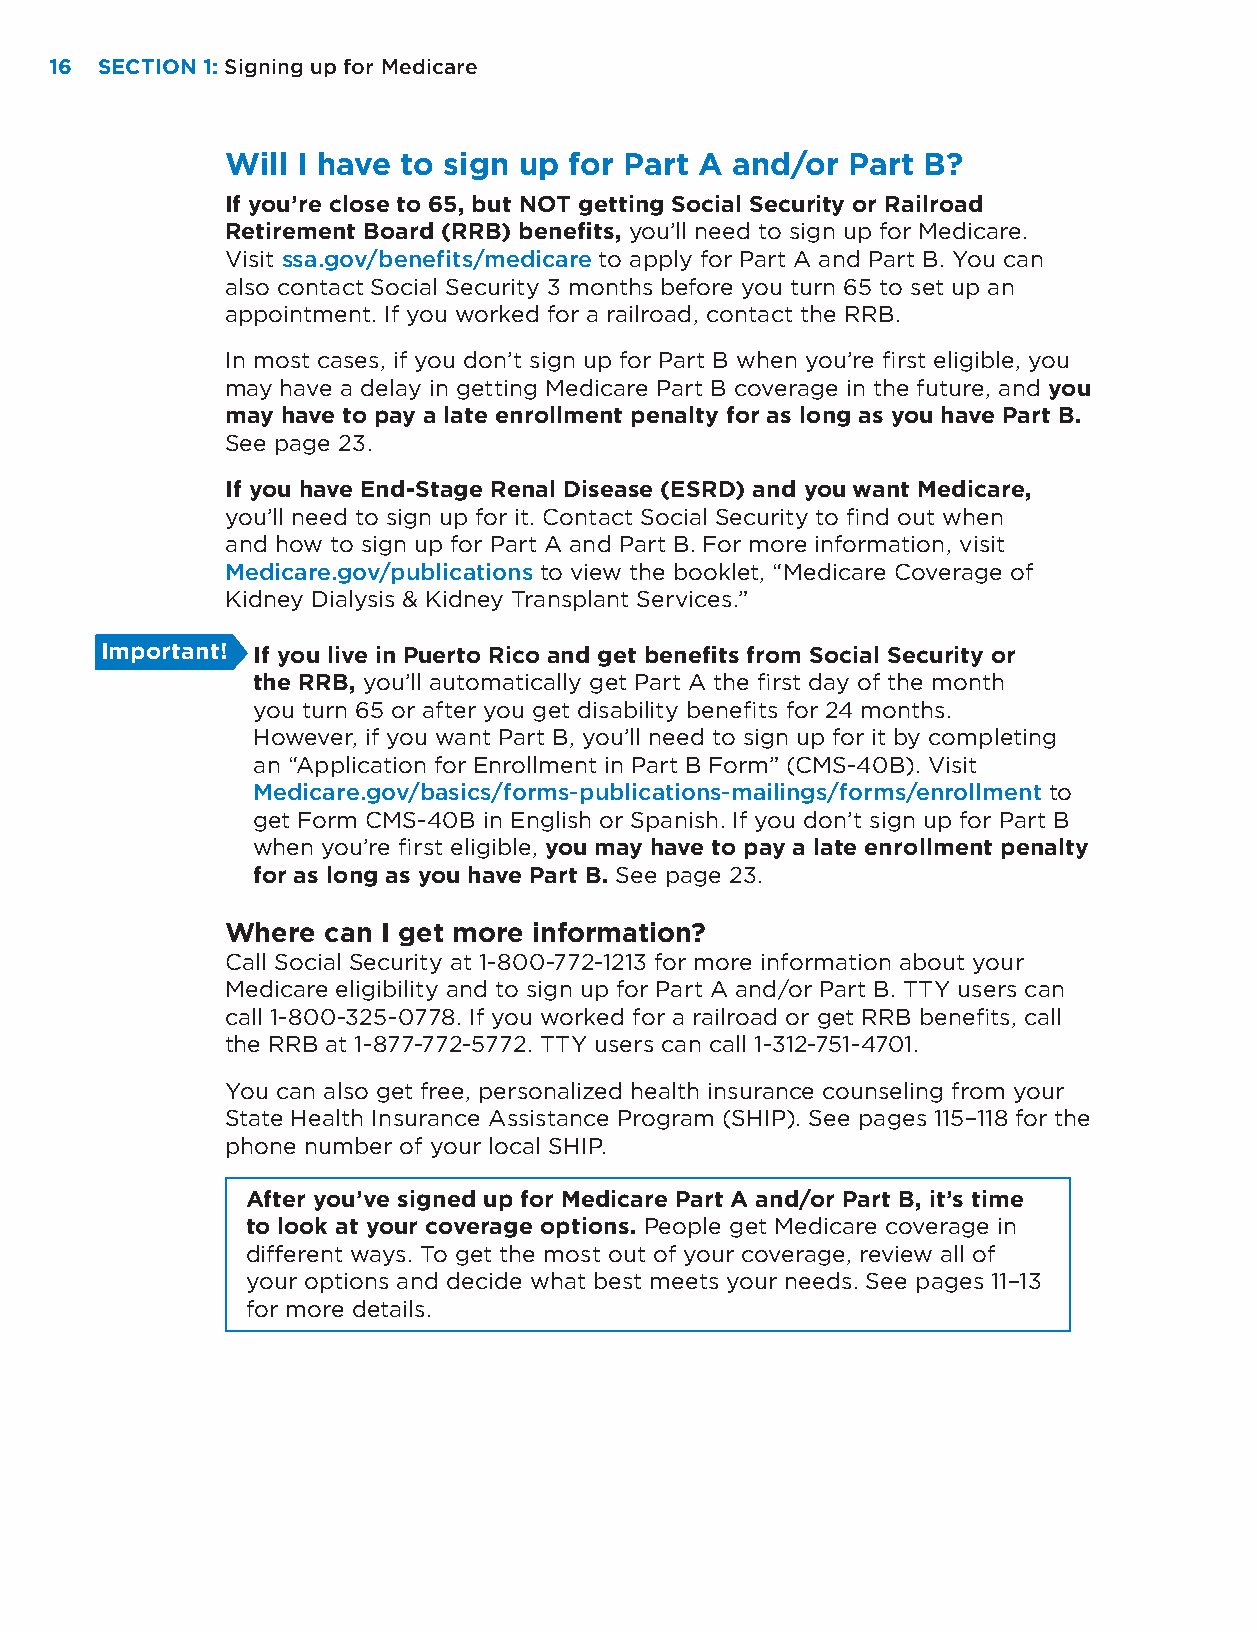
16 SECTION 1: Signing up for Medicare
 Will I have to sign up for Part A and/or Part B?
 If you’re close to 65, but NOT getting Social Security or Railroad
 Retirement Board (RRB) benefits, you’ll need to sign up for Medicare.
 Visit ssa.gov/benefits/medicare to apply for Part A and Part B. You can
 also contact Social Security 3 months before you turn 65 to set up an
 appointment. If you worked for a railroad, contact the RRB.
 In most cases, if you don’t sign up for Part B when you’re first eligible, you
 may have a delay in getting Medicare Part B coverage in the future, and you
 may have to pay a late enrollment penalty for as long as you have Part B.
 See page 23.
 If you have End-Stage Renal Disease (ESRD) and you want Medicare,
 you’ll need to sign up for it. Contact Social Security to find out when
 and how to sign up for Part A and Part B. For more information, visit
 Medicare.gov/publications to view the booklet, “Medicare Coverage of
 Kidney Dialysis & Kidney Transplant Services.”
 Important! If you live in Puerto Rico and get benefits from Social Security or
 the RRB, you’ll automatically get Part A the first day of the month
 you turn 65 or after you get disability benefits for 24 months.
 However, if you want Part B, you’ll need to sign up for it by completing
 an “Application for Enrollment in Part B Form” (CMS-40B). Visit
 Medicare.gov/basics/forms-publications-mailings/forms/enrollment to
 get Form CMS-40B in English or Spanish. If you don’t sign up for Part B
 when you’re first eligible, you may have to pay a late enrollment penalty
 for as long as you have Part B. See page 23.
 Where can I get more information?
 Call Social Security at 1-800-772-1213 for more information about your
 Medicare eligibility and to sign up for Part A and/or Part B. TTY users can
 call 1-800-325-0778. If you worked for a railroad or get RRB benefits, call
 the RRB at 1-877-772-5772. TTY users can call 1-312-751-4701.
 You can also get free, personalized health insurance counseling from your
 State Health Insurance Assistance Program (SHIP). See pages 115–118 for the
 phone number of your local SHIP.
 After you’ve signed up for Medicare Part A and/or Part B, it’s time
 to look at your coverage options. People get Medicare coverage in
 different ways. To get the most out of your coverage, review all of
 your options and decide what best meets your needs. See pages 11–13
 for more details.